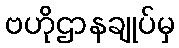
ဗဟိုဌာနချုပ်မှ